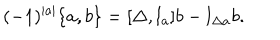
( - 1 ) ^ { | a | } \{ a , b \} = { [ \Delta , l _ { a } ] } b - l _ { \Delta a } b .